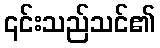
၎င်းသည်သင်၏